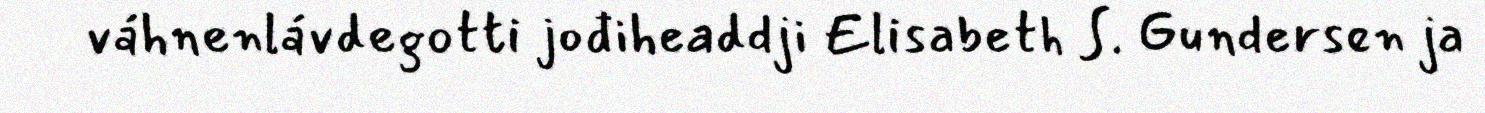
váhnenlávdegotti jođiheaddji Elisabeth S. Gundersen ja